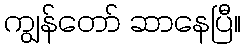
ကျွန်တော် ဆာနေပြီ။